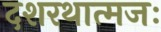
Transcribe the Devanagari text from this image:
दशरथात्मजः